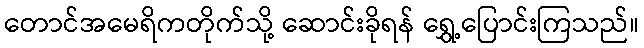
တောင်အမေရိကတိုက်သို့ ဆောင်းခိုရန် ရွှေ့ပြောင်းကြသည်။